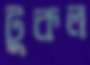
টুকল